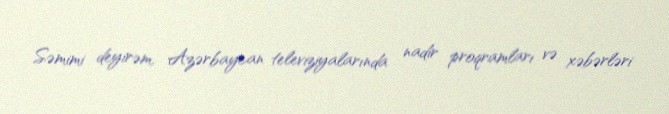
Səmimi deyirəm, Azərbaycan televiziyalarında nadir proqramları və xəbərləri